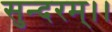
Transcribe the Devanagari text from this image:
सुन्दरम्।।